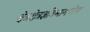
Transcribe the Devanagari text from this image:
क्षेत्रक्षेत्रज्ञविभागयोग